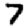
Digit: 7